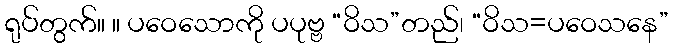
ရုပ်တွက်။ ။ ပဝေသောကို ပပုဗ္ဗ “ဝိသ”တည်၊ “ဝိသ=ပဝေသနေ”